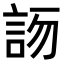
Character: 𧦯